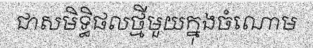
ជាសមិទ្ធិផលថ្មីមួយក្នុងចំណោម